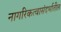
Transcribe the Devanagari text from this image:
नागरिकत्वासंदर्भातील